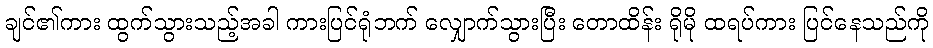
ချင်၏ကား ထွက်သွားသည့်အခါ ကားပြင်ရုံဘက် လျှောက်သွားပြီး တောထိန်း ရိုမို ထရပ်ကား ပြင်နေသည်ကို